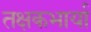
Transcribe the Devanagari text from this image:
तक्षकभार्या